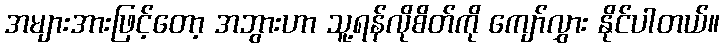
အများအားဖြင့်တော့ အဘွားဟာ သူ့ရန်လိုစိတ်ကို ကျော်လွှား နိုင်ပါတယ်။